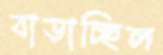
বাড়াচ্ছিল